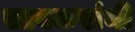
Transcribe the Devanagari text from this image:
सावकरांनी